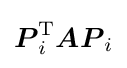
{\boldsymbol {P}}_{i}^{\mathrm {T} }{\boldsymbol {AP}}_{i}